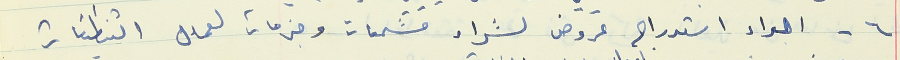
٦ - اجراء استدراج عروض لشراء مشمعات وجزمات لعمال النظافة